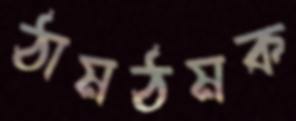
ঠামঠমক